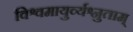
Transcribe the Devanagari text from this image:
विश्वमायुर्व्यश्नुताम्‌